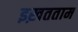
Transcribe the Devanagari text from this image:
इख़तताम